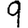
Digit: 9